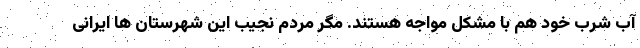
آب شرب خود هم با مشکل مواجه هستند. مگر مردم نجیب این شهرستان ها ایرانی